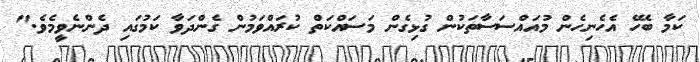
ކަމާ ބެހޭ އެހެނިހެން މުއައްސަސާތަކުން ގުޅިގެން މަސައްކަތް ކުރައްވަމުން ގެންދަވާ ކަމުގައި ދެންނެވީމެވެ."